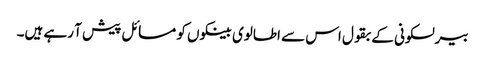
بیرلسکونی کے بقول اس سے اطالوی بینکوں کو مسائل پیش آ رہے ہیں۔